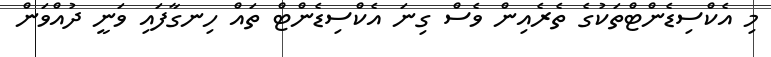
މި އެކްސިޑެންޓްތަކުގެ ތެރެއިން ވެސް ގިނަ އެކްސިޑެންޓް ތައް ހިނގާފައި ވަނީ ދުއްވަން